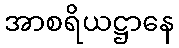
အာစရိယဋ္ဌာနေ